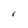
Character: r